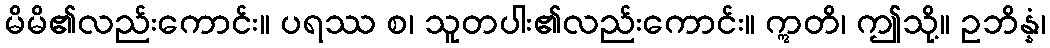
မိမိ၏လည်းကောင်း။ ပရဿ စ၊ သူတပါး၏လည်းကောင်း။ ဣတိ၊ ဤသို့။ ဥဘိန္နံ၊